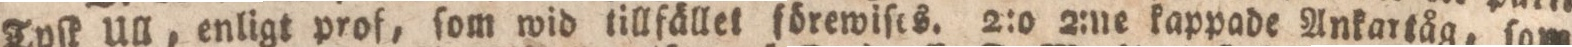
Tyſk Ull, enligt prof, ſom wid tillfället förewiſes. 2:o 2:ne kappade Ankartåg, ſom